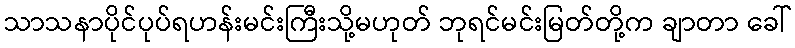
သာသနာပိုင်ပုပ်ရဟန်းမင်းကြီးသို့မဟုတ် ဘုရင်မင်းမြတ်တို့က ချာတာ ခေါ်